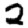
Digit: 2